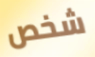
شخص